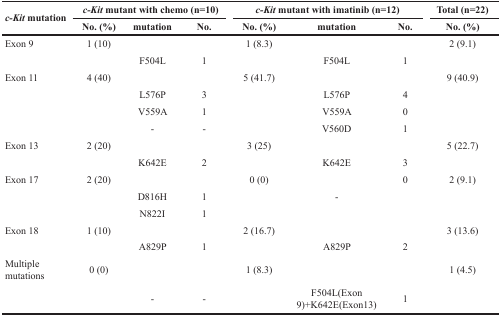
| <ROWSPAN=2> c-Kit mutation | <COLSPAN=3> c-Kit mutant with chemo (n=10) | <COLSPAN=3> c-Kit mutant with imatinib (n=12) | Total (n=22) |
 | No. (%) | mutation | No. | No. (%) | mutation | No. | No. (%) |
 | --- | --- | --- | --- | --- | --- | --- | --- |
 | Exon 9 | 1 (10) |  |  | 1 (8.3) |  |  | 2 (9.1) |
 |  |  | F504L | 1 |  | F504L | 1 |  |
 | Exon 11 | 4 (40) |  |  | 5 (41.7) |  |  | 9 (40.9) |
 |  |  | L576P | 3 |  | L576P | 4 |  |
 |  |  | V559A | 1 |  | V559A | 0 |  |
 |  |  | - | - |  | V560D | 1 |  |
 | Exon 13 | 2 (20) |  |  | 3 (25) |  |  | 5 (22.7) |
 |  |  | K642E | 2 |  | K642E | 3 |  |
 | Exon 17 | 2 (20) |  |  | 0 (0) | <ROWSPAN=3> - | 0 | 2 (9.1) |
 |  |  | D816H | 1 |  |  |  |
 |  |  | N822I | 1 |  |  |  |
 | Exon 18 | 1 (10) |  |  | 2 (16.7) |  |  | 3 (13.6) |
 |  |  | A829P | 1 |  | A829P | 2 |  |
 | Multiple mutations | 0 (0) |  |  | 1 (8.3) |  |  | 1 (4.5) |
 |  |  | - | - |  | F504L(Exon 9)+K642E(Exon13) | 1 |  |